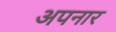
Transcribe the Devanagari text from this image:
अपनार